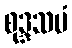
စုဒ္ဒသမံ